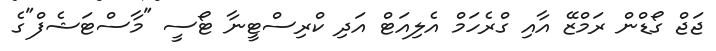
ޖަޖް ގޯޑްން ރަމްޒޭ އާއި ގްރެހަމް އެލިއަޓް އަދި ކްރިސްޓީނާ ޓޯސީ "މާސްޓަޝެފް"ގެ